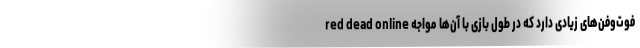
red dead online فوت‌و‌فن‌های زیادی دارد که در طول بازی با آن‌ها مواجه